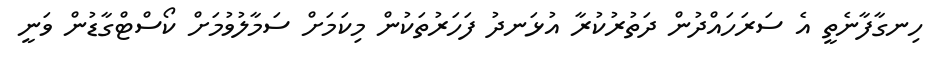
ހިނގާފާނެތީ އެ ސަރަހައްދުން ދަތުރުކުރާ އުޅަނދު ފަހަރުތަކުން މިކަމަށް ސަމާލުވުމަށް ކޯސްޓްގާޑުން ވަނީ